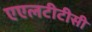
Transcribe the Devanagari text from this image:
एएलटीटीसी